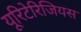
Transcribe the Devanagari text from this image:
यूरिटेरिजियस